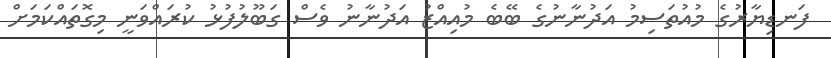
ފަނޑިޔާރުގެ މުއުތަސިމު އަދުނާނުގެ ބޭބެ މުއިއްޒު އަދުނާނު ވެސް ގަބޫލުފުޅު ކުރައްވަނީ މިގޮތައްކަމަށް